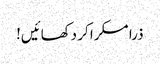
ذرا مسکرا کر دکھائیں!